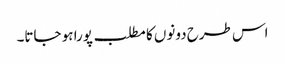
اس طرح دونوں کا مطلب پورا ہو جاتا۔